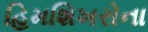
હિમશિખરોના